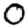
Digit: 0